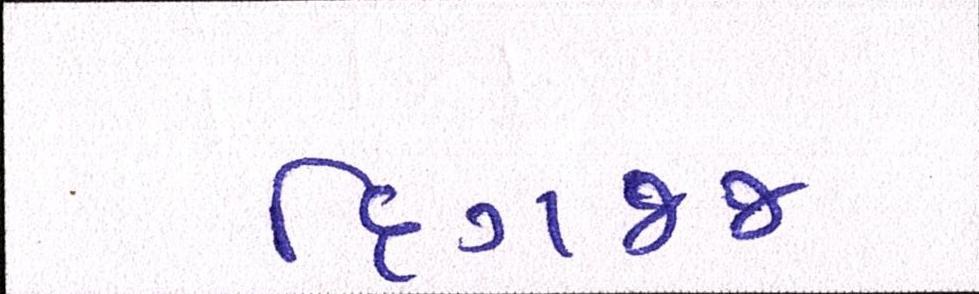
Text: દિગજ્જ